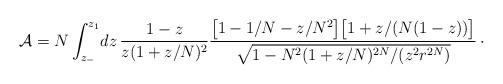
LaTeX: \begin{align*}{\cal A} = N \int_{z_{-}}^{z_{1}}\! dz\, {1-z\over z(1+z/N)^{2}}{\bigl[1-1/N -z/N^{2}\bigr]\bigl[1+z/(N(1-z))\bigr]\over\displaystyle\sqrt{1-N^{2}(1+z/N)^{2N}/(z^{2}r^{2N})}}\, \cdotp\end{align*}